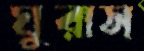
ঘুরাস